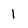
Character: 1